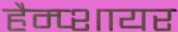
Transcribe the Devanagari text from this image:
हैम्प्शायर